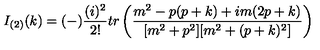
I _ { ( 2 ) } ( k ) = ( - ) \frac { ( i ) ^ { 2 } } { 2 ! } t r \left( { \frac { m ^ { 2 } - p ( p + k ) + i m ( 2 p + k ) } { [ m ^ { 2 } + p ^ { 2 } ] [ m ^ { 2 } + ( p + k ) ^ { 2 } ] } } \right)